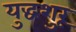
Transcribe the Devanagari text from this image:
युद्धशुरू